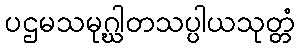
ပဌမသမုဂ္ဃါတသပ္ပါယသုတ္တံ